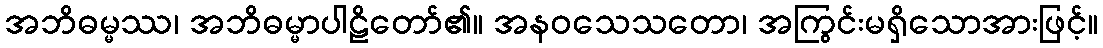
အဘိဓမ္မဿ၊ အဘိဓမ္မာပါဠိတော်၏။ အနဝသေသတော၊ အကြွင်းမရှိသောအားဖြင့်။